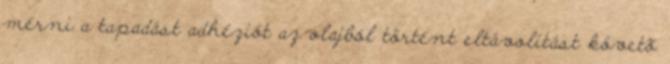
mérni a tapadást adhéziót az olajból történt eltávolítást követõ